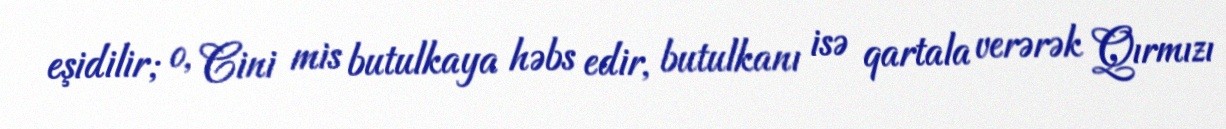
eşidilir; o, Cini mis butulkaya həbs edir, butulkanı isə qartala verərək Qırmızı